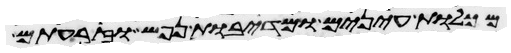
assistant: מכלות עינים ומדיבת נפש וזרעתם